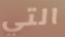
التي